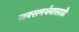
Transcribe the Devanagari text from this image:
जनसमर्थनासाठी